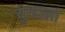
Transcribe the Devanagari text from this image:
युध्दाला